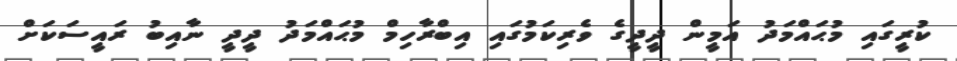
ކުރީގައި މުޙައްމަދު އަމީން ދީދީގެ ވެރިކަމުގައި އިބްރާހިމް މުޙައްމަދު ދީދީ ނާއިބު ރައީސަކަށް